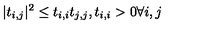
| t _ { i , j } | ^ { 2 } \leq t _ { i , i } t _ { j , j } , t _ { i , i } > 0 \forall i , j